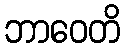
ဘာဝေတိ